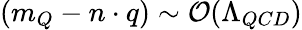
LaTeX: (m_{Q}-n\cdot q)\sim{\cal O}(\Lambda_{QCD})